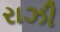
રાઝી